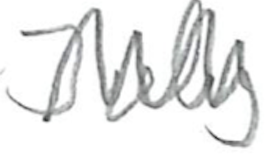
Text: July
Cross-out: zig-zag
Writing tool: pencil